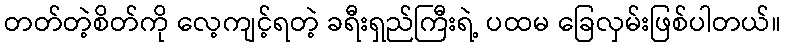
တတ်တဲ့စိတ်ကို လေ့ကျင့်ရတဲ့ ခရီးရှည်ကြီးရဲ့ ပထမ ခြေလှမ်းဖြစ်ပါတယ်။